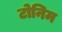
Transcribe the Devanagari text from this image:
टोनिम